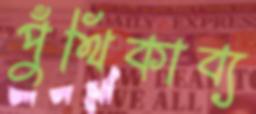
পুঁথিকাব্য